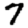
Digit: 7